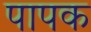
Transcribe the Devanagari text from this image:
पापक